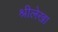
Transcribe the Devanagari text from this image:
श्रीलेखा